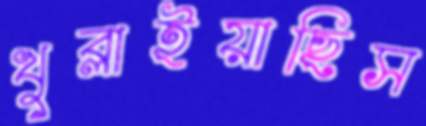
খুব্‌লাইয়াছিস